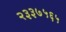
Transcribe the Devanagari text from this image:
२३३७५६५